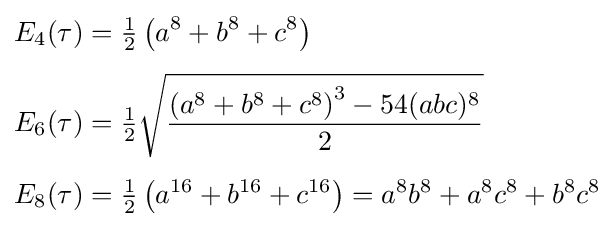
{\begin{aligned}E_{4}(\tau )&={\tfrac {1}{2}}\left(a^{8}+b^{8}+c^{8}\right)\\[4pt]E_{6}(\tau )&={\tfrac {1}{2}}{\sqrt {\frac {\left(a^{8}+b^{8}+c^{8}\right)^{3}-54(abc)^{8}}{2}}}\\[4pt]E_{8}(\tau )&={\tfrac {1}{2}}\left(a^{16}+b^{16}+c^{16}\right)=a^{8}b^{8}+a^{8}c^{8}+b^{8}c^{8}\end{aligned}}